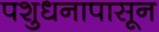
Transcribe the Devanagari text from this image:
पशुधनापासून